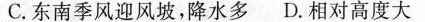
C.东南季风迎风坡，降水多D.相对高度大